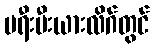
ပရီးမီးယားလိဂ်တွင်